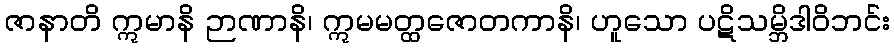
ဇာနာတိ ဣမာနိ ဉာဏာနိ၊ ဣမမတ္ထဇောတကာနိ၊ ဟူသော ပဋိသမ္ဘိဒါဝိဘင်း